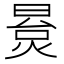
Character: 㬃